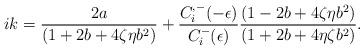
LaTeX: \begin{align*}ik=\frac{2a}{(1+2b+4\zeta\eta b^2)}+\frac{C_i^{,-}(-\epsilon)}{C_i^-(\epsilon)}\frac{(1-2b+4\zeta\eta b^2)}{(1+2b+4\eta\zeta b^2)}.\end{align*}